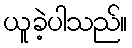
ယူခဲ့ပါသည်။